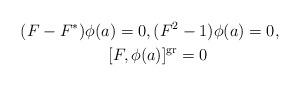
LaTeX: \begin{gather*}(F - F^*)\phi(a) = 0, (F^2 - 1)\phi(a) = 0,\quad\\ [F, \phi(a)]^{\operatorname{gr}} = 0 \end{gather*}